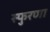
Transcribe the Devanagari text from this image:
स्फुरणा